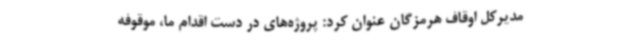
مدیرکل اوقاف هرمزگان عنوان کرد: پروژه‌های در دست اقدام ما، موقوفه